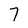
Character: 7